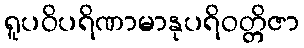
ရူပဝိပရိဏာမာနုပရိဝတ္တိဇာ